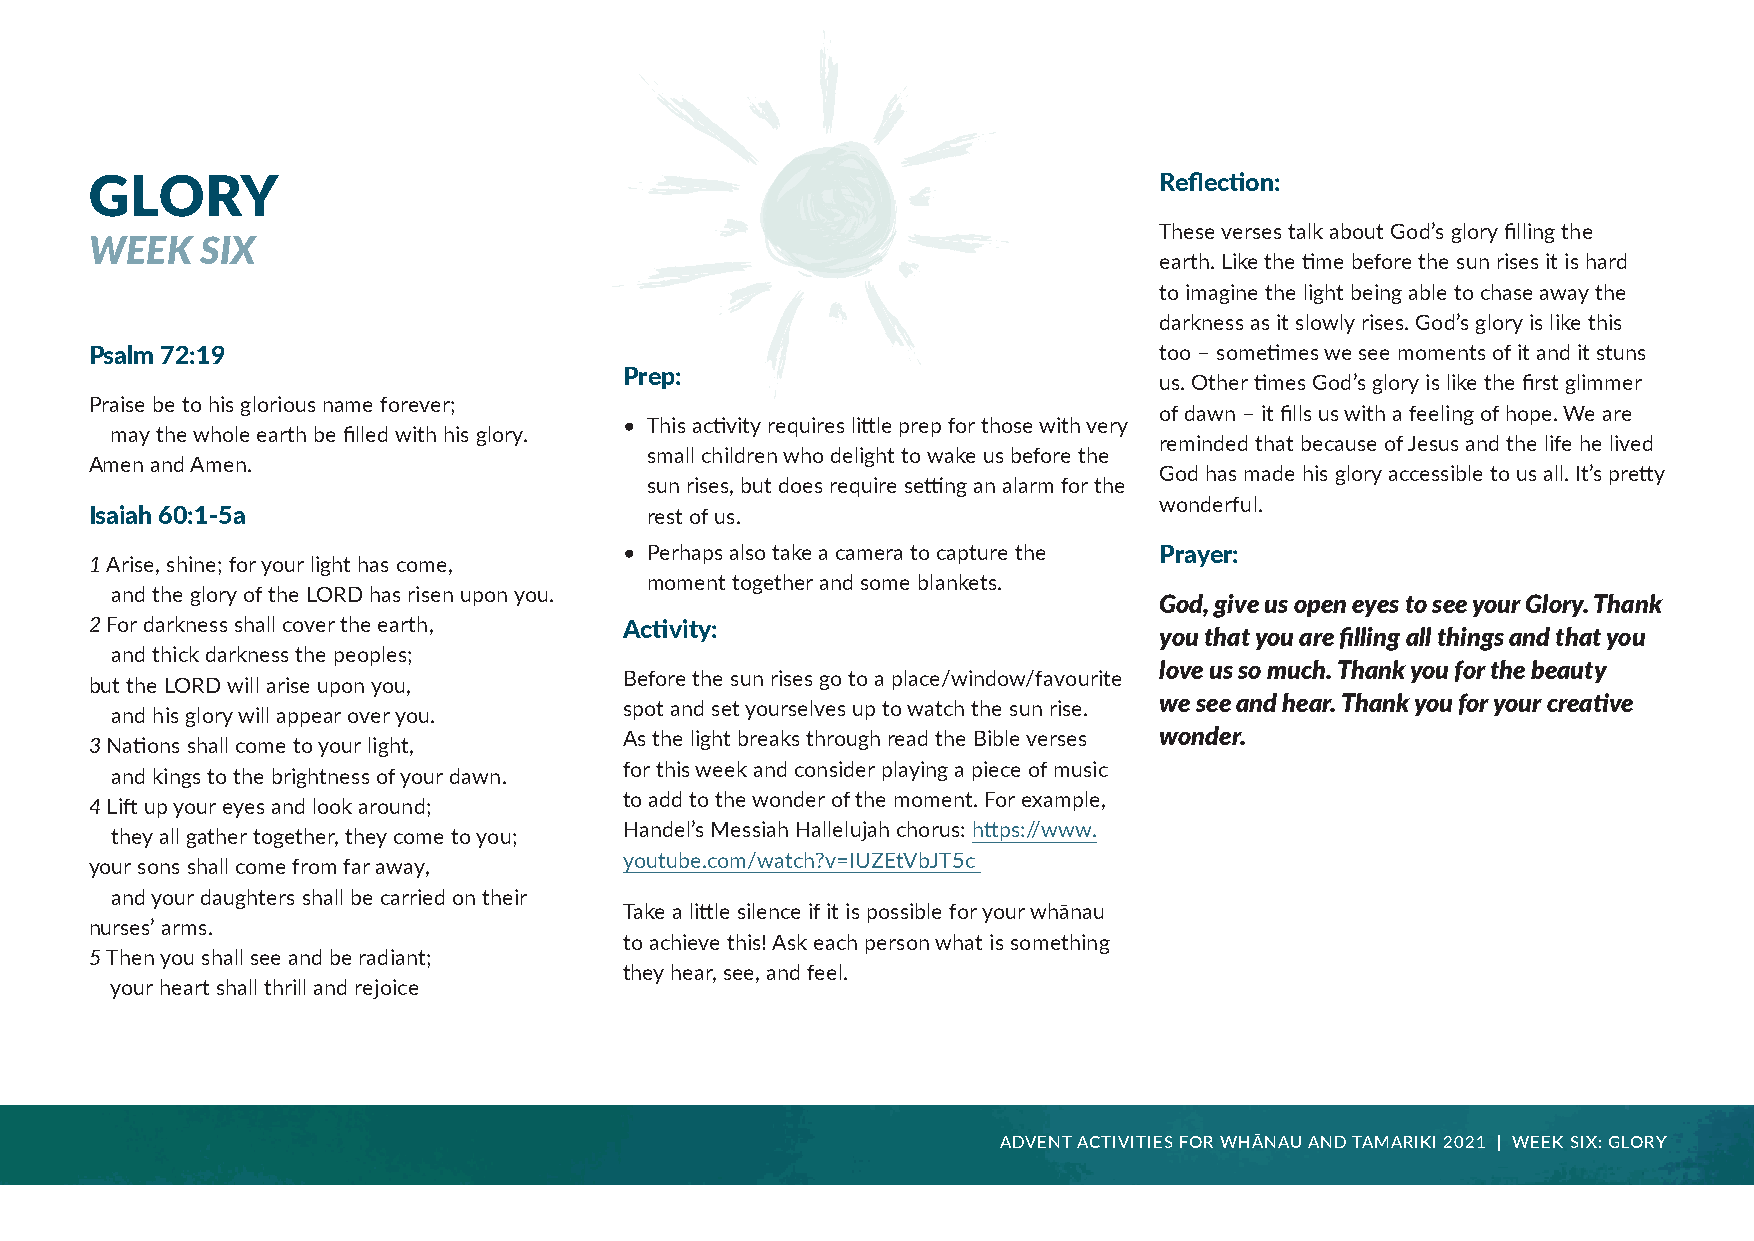
GLORY                                                                  Reflection:
 These verses talk about God’s glory filling the
 WEEK   SIX
 earth. Like the time before the sun rises it is hard
 to imagine the light being able to chase away the
 darkness as it slowly rises. God’s glory is like this
 Psalm 72:19                                                            too – sometimes we see moments of it and it stuns
 Prep:
 us. Other times God’s glory is like the first glimmer
 Praise be to his glorious name forever;
 of dawn – it fills us with a feeling of hope. We are
 • This activity requires little prep for those with very
 may the whole earth be filled with his glory.
 reminded that because of Jesus and the life he lived
 small children who delight to wake us before the
 Amen and Amen.
 God has made his glory accessible to us all. It’s pretty
 sun rises, but does require setting an alarm for the
 wonderful.
 Isaiah 60:1-5a                       rest of us.
 • Perhaps also take a camera to capture the Prayer:
 1 Arise, shine; for your light has come,
 moment together and some blankets.
 and the glory of the LORD has risen upon you.
 God, give us open eyes to see your Glory. Thank
 2 For darkness shall cover the earth, Activity:
 you that you are filling all things and that you
 and thick darkness the peoples;
 love us so much. Thank you for the beauty
 Before the sun rises go to a place/window/favourite
 but the LORD will arise upon you,
 we see and hear. Thank you for your creative
 spot and set yourselves up to watch the sun rise.
 and his glory will appear over you.
 As the light breaks through read the Bible verses wonder.
 3 Nations shall come to your light,
 for this week and consider playing a piece of music
 and kings to the brightness of your dawn.
 to add to the wonder of the moment. For example,
 4 Lift up your eyes and look around;
 Handel’s Messiah Hallelujah chorus: https://www.
 they all gather together, they come to you;
 youtube.com/watch?v=IUZEtVbJT5c
 your sons shall come from far away,
 and your daughters shall be carried on their
 Take a little silence if it is possible for your whānau
 nurses’ arms.
 to achieve this! Ask each person what is something
 5 Then you shall see and be radiant;
 they hear, see, and feel.
 your heart shall thrill and rejoice
 ADVENT ACTIVITIES FOR WHĀNAU AND TAMARIKI 2021 | WEEK SIX: GLORY